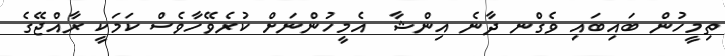
ތިމީހުން ބައިބައި ވެގްނ ދާނެ އިންޝާ  އެމީހުންނަށް ކުރެވޭހާވެސް ކަމަކީ ރާއްޖޭގެ